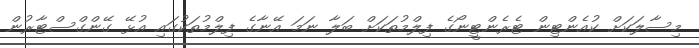
މިސާލަކަށް ކުއެންޓިން ޓެރެންޓީނޯގެ ފިލްމުތަކަށް ބަލާ ނަމަ އޭނާގެ ފިލްމުތަކުގައި އުޅޭ ގޭންގްސްޓާރުން